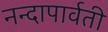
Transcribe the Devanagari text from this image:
नन्दापार्वती